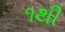
૧થી